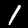
Digit: 1